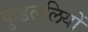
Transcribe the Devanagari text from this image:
कुंडललियों